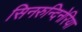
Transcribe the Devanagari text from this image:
सिनरुन्दिनेरिया